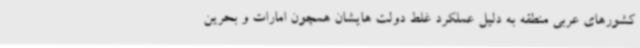
کشورهای عربی منطقه به دلیل عملکرد غلط دولت هایشان همچون امارات و بحرین